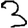
Digit: 3